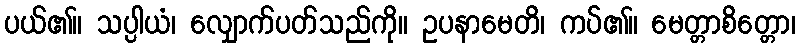
ပယ်၏။ သပ္ပါယံ၊ လျှောက်ပတ်သည်ကို။ ဥပနာမေတိ၊ ကပ်၏။ မေတ္တာစိတ္တော၊